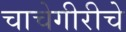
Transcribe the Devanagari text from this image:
चाचेगीरीचे